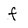
Character: f